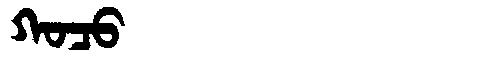
Manchu: ᡴᠣᠴᠣ
Romanization: KOCO